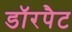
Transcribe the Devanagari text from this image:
डॉरपैट